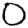
Digit: 0